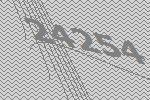
24254